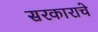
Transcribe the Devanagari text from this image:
सरकाराचे